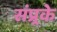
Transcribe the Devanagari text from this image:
संप्र्रके